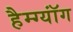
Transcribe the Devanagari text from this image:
हैम्ग्यॉंग